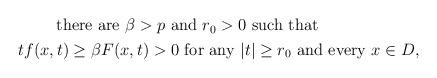
LaTeX: \begin{align*}\begin{aligned}& \qquad\,\,\mbox{there are}\,\, \beta>p\,\, \mbox{and}\,\, r_0>0\,\, \mbox{such that}\\& tf(x,t)\geq \beta F(x,t)>0\,\, \mbox{for any}\,\, |t|\geq r_0\,\,\mbox{and every}\,\, x\in D,\end{aligned}\end{align*}